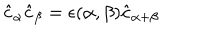
\hat { c } _ { \alpha } \hat { c } _ { \beta } = \epsilon ( \alpha , \beta ) \hat { c } _ { \alpha + \beta }